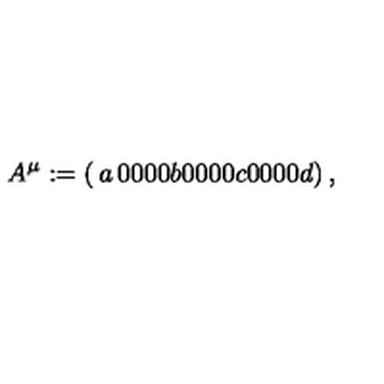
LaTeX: A ^ { \mu } : = \left( \begin{matrix} { a } & { 0 } & { 0 } & { 0 } \\ { 0 } & { b } & { 0 } & { 0 } \\ { 0 } & { 0 } & { c } & { 0 } \\ { 0 } & { 0 } & { 0 } & { d } \\ \end{matrix} \right) ,